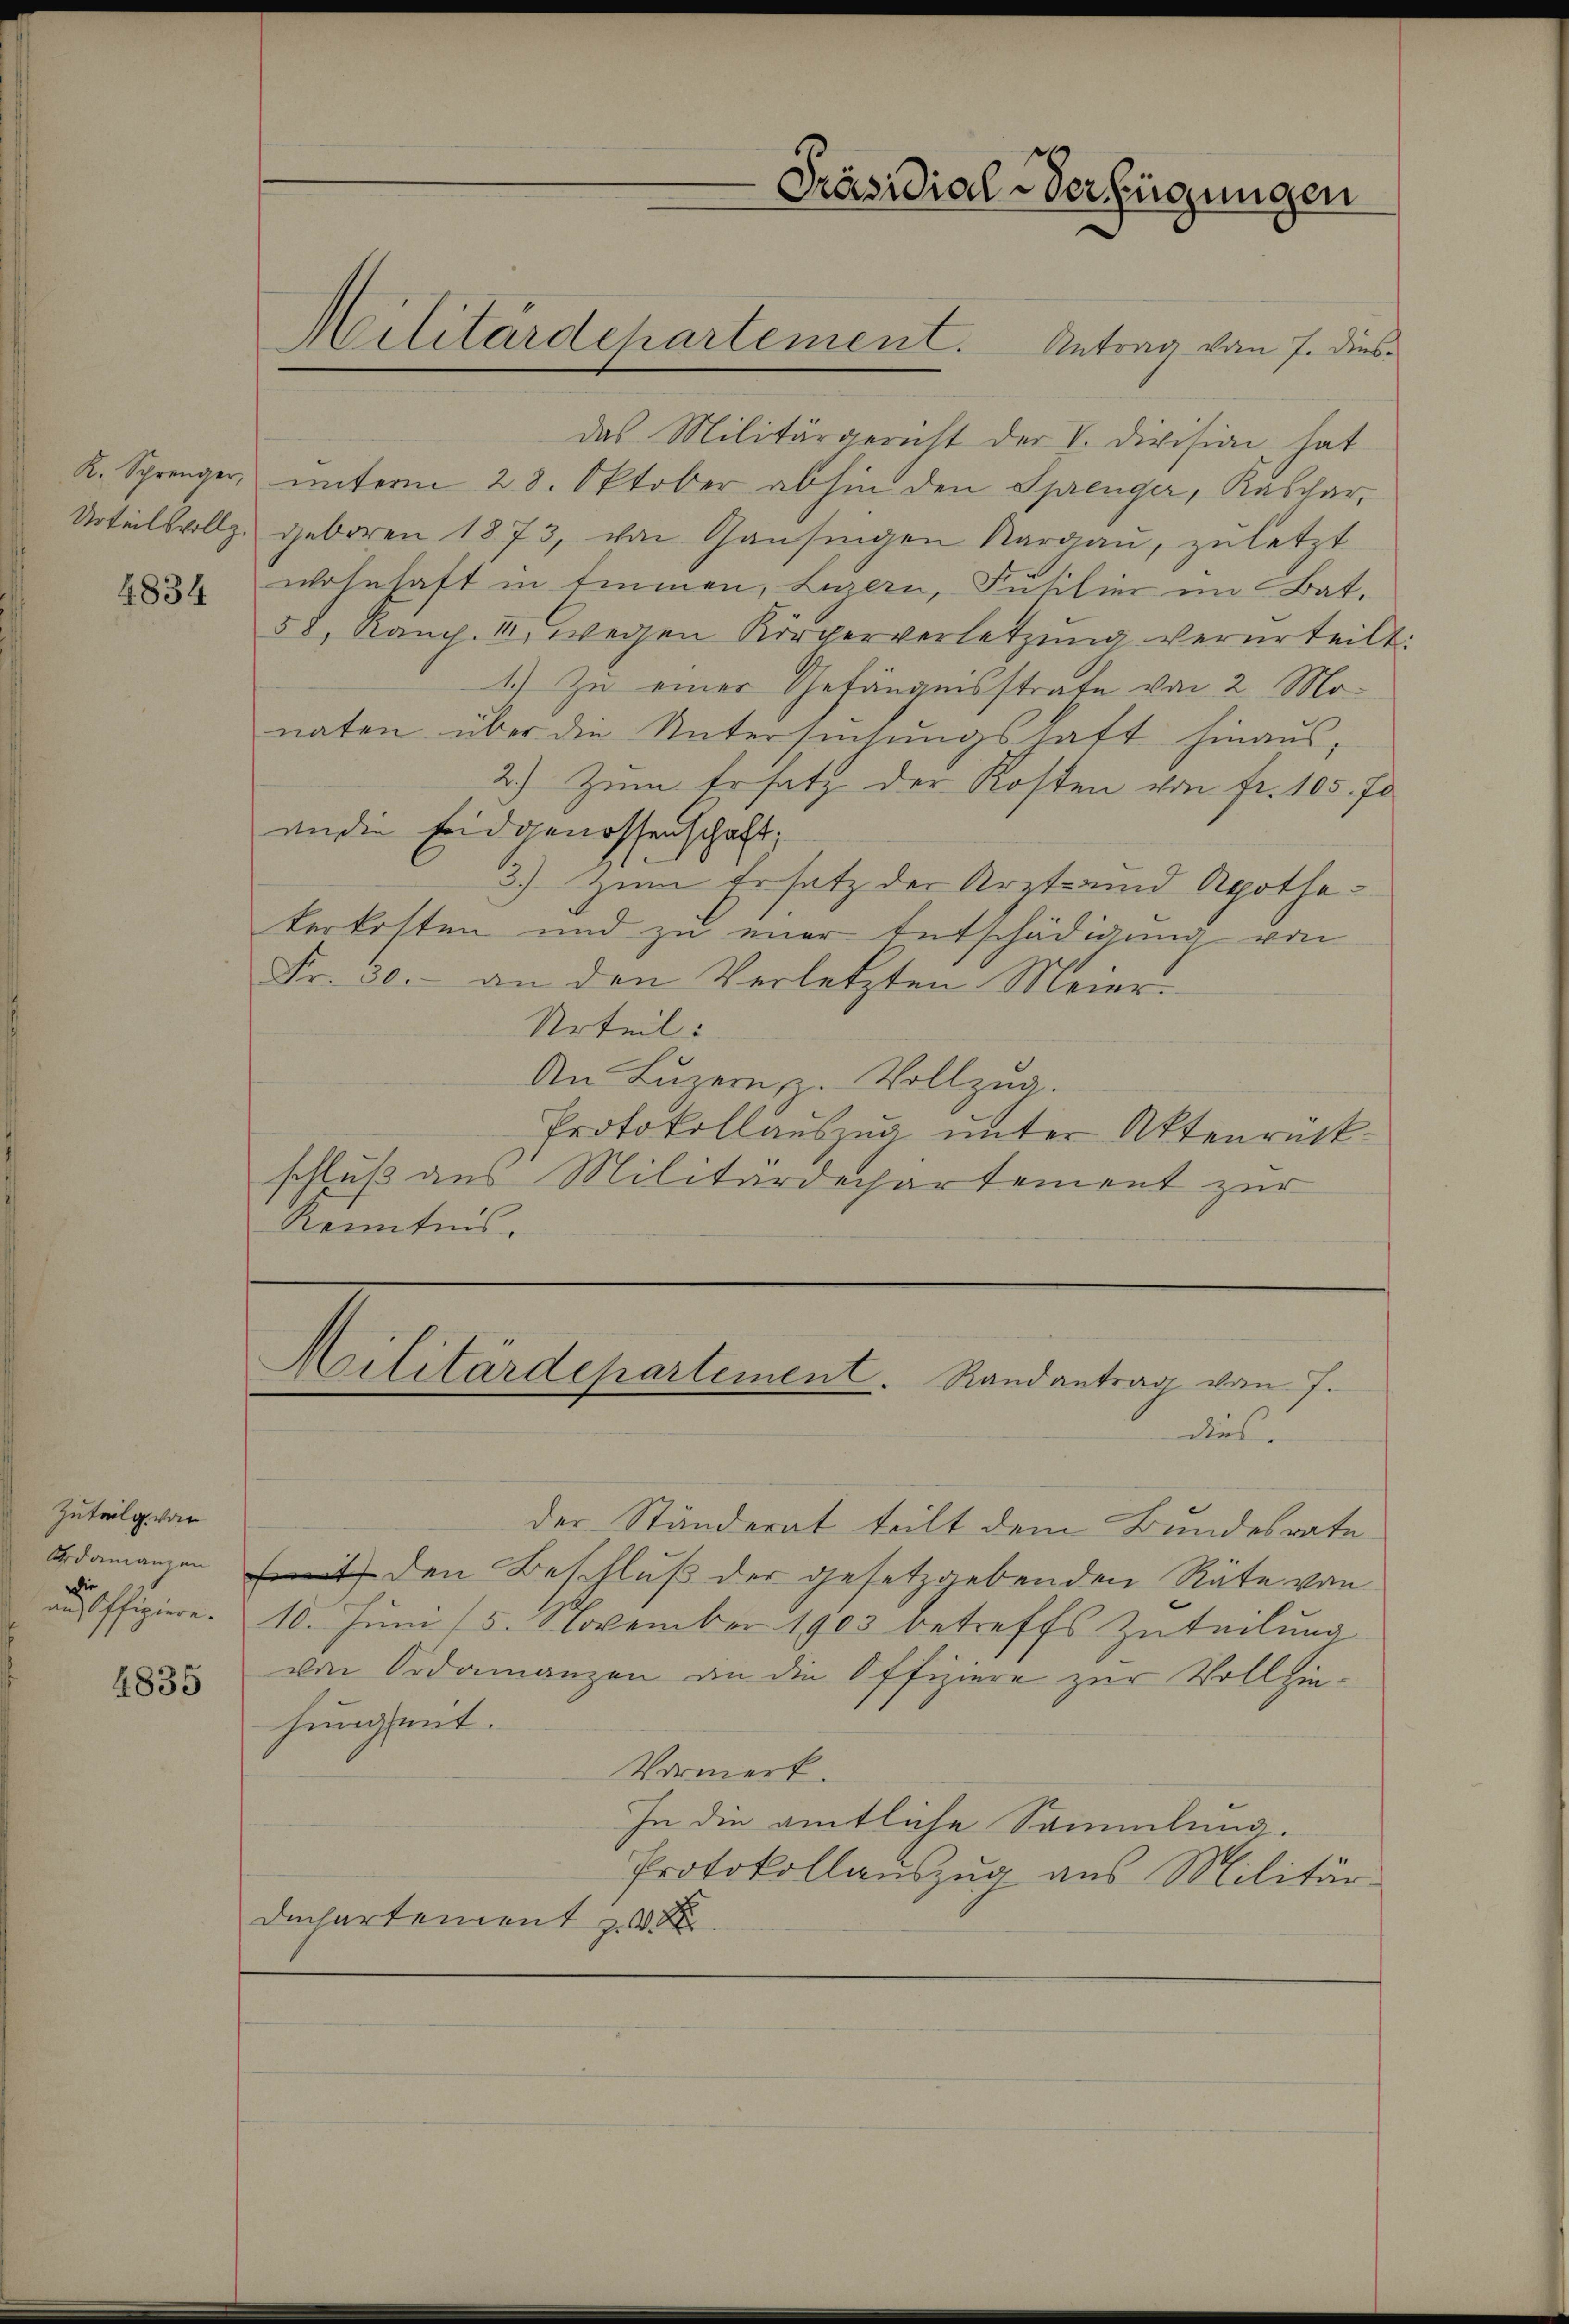
K. Sprenger,
Urteilsvollz

4834

Zuteilg von
die
an offiziere.

4835

Militärdepartement. Antrag von 7. dies
das Militärgericht der V. Division, hat
unterm 28. Oktober abhin den Sprenger, Kaschar,
Geboren 1873, von Gansingen Aargau, zuletzt
wohnhaft in Emmen, Luzern, Füsilier im Bat.
58, Kamp. III wegen Körperverletzŭng verurteilt:
1.) Zu einer Gefängnisstrafe von 2 Monaten über die Untersinsungstatt hinaus,
2.) Zum Ersatz der Kosten von fr. 105. 70
andin seidgenossenschaft,
3.) Zum Ersatz der Arzt und Apotheterkosten und zu einer Entschädigung von
Fr. 30. an den Verletzten Meier
Urteil:
An Luzern, u. Vollzug.
Protokollauszug unter Aktenrückschluß aus Militärdepartement zur
Kenntnis.
Militärdepartement. Randantrag von 7.

Präsidial-Verfügungen

dies
der Ständerat teilt dem Bundesrate
Gdamanzen mit den Beschluß der gesetzgebenden Räte von
10. Juni 15. November 1903 betreffs Zuteilung
von Ordainanzen an die Offiziere zur Vollziehungent.
Vormerk.
In die amtliche Sammlung.
Protokollauszug aus Militär-
Duchartement z. B.